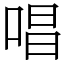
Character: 唱